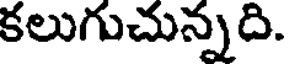
కలుగుచున్నది.